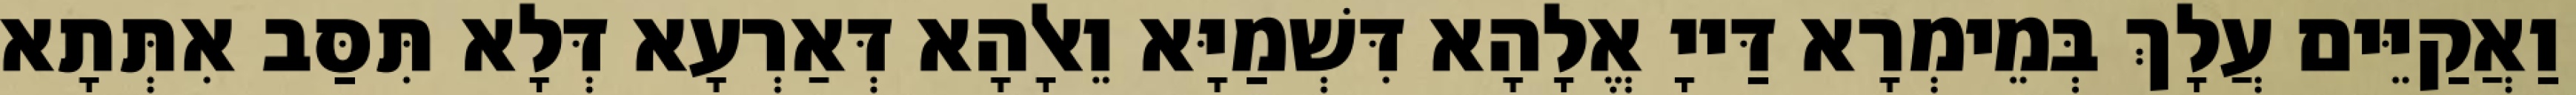
וַאֲקַיֵּים עֲלָךְ בְּמֵימְרָא דַּייָ אֱלָהָא דִּשְׁמַיָּא וֵאלָהָא דְּאַרְעָא דְּלָא תִּסַּב אִתְּתָא